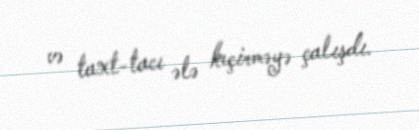
və taxt-tacı ələ keçirməyə çalışdı.